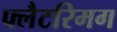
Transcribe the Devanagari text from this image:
फ्लैटरिमग